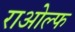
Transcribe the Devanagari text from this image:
राओल्फ